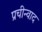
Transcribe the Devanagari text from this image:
प्रचीन्वाद